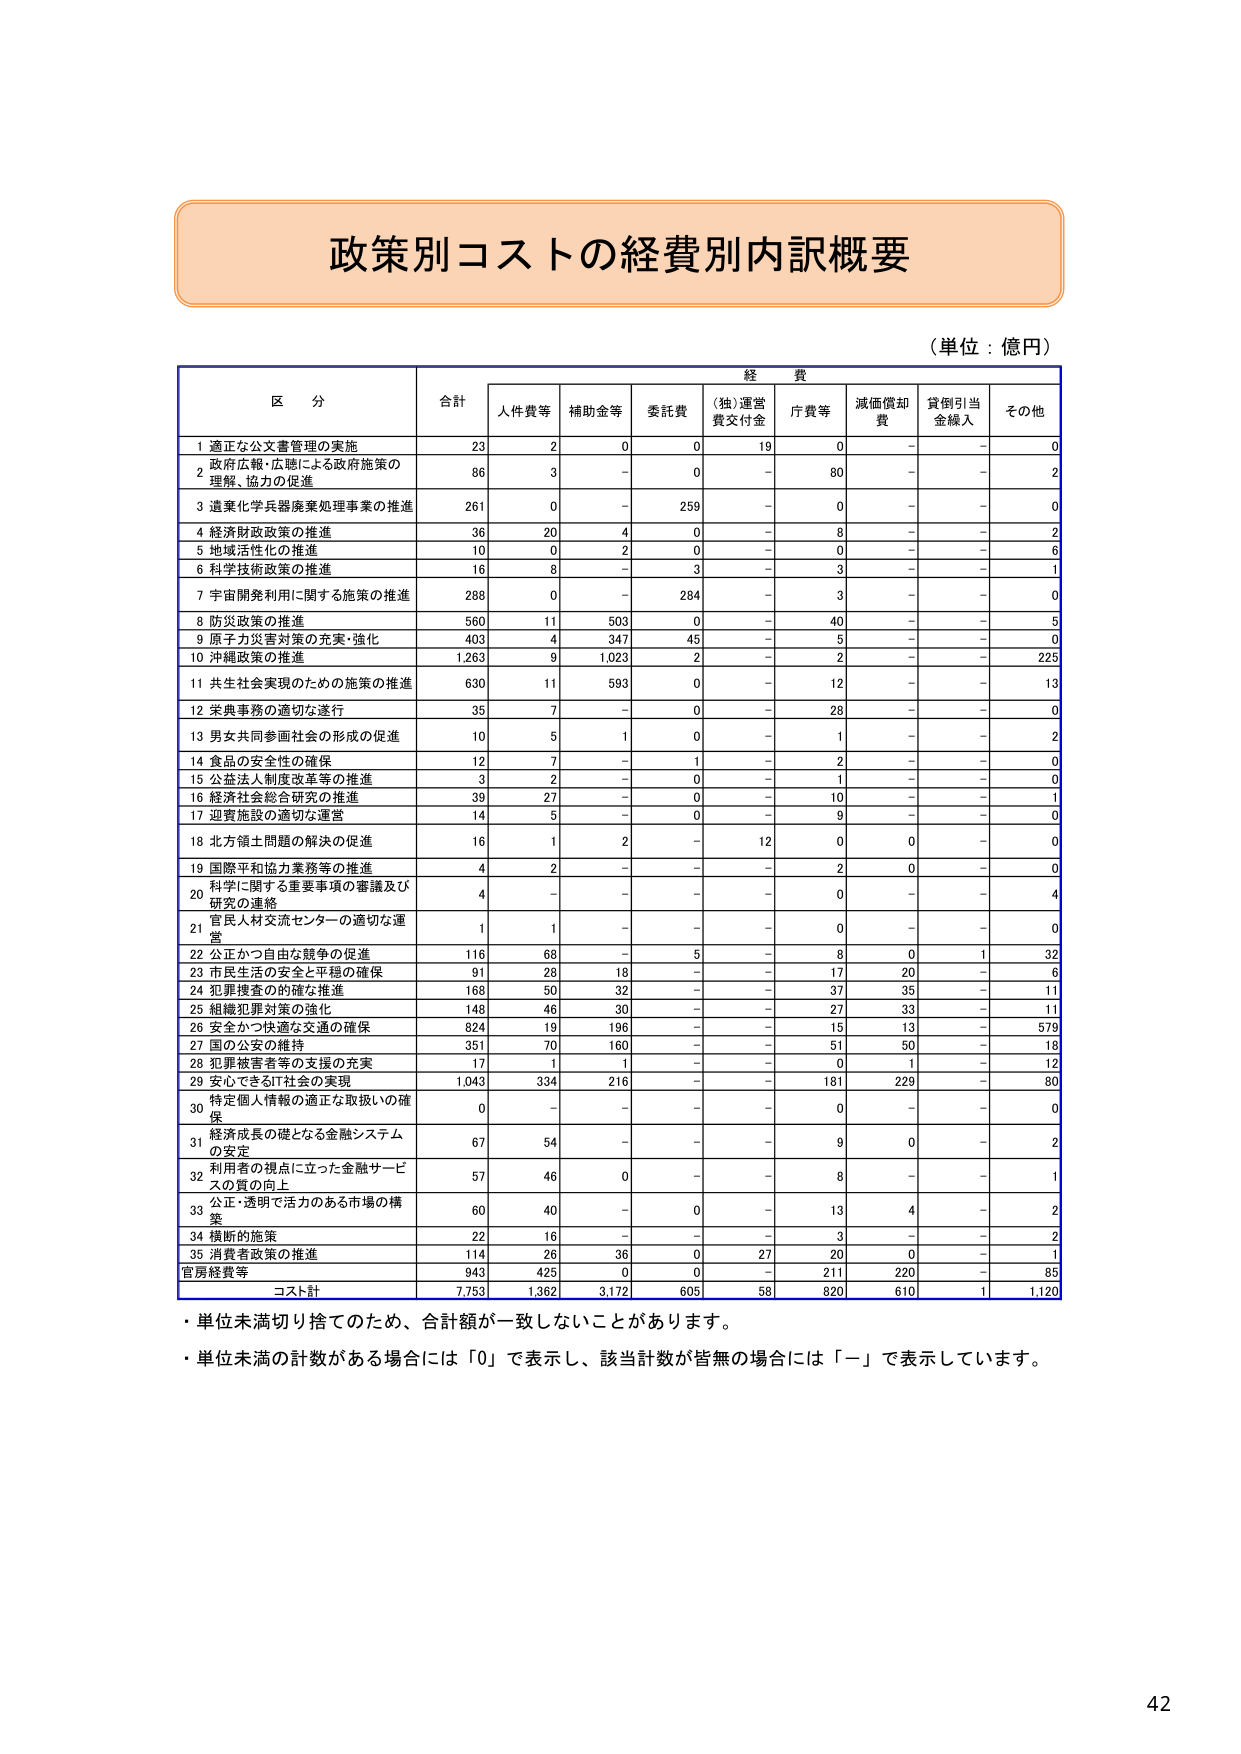
政策別コストの経費別内訳概要

（単位：億円）

区 分 合計 経 費
人件費等 補助金等 委託費 （独）運営費交付金 庁費等 減価償却費 貸倒引当金繰入 その他

1 適正な公文書管理の実施 23 2 0 0 19 0 - - 0
2 政府広報・広聴による政府施策の理解、協力の促進 86 3 - 0 - 80 - - 2
3 遺棄化兵兵器廃棄処理事業の推進 261 0 - 259 - 0 - - 0
4 経済財政政策の推進 36 20 4 0 - 8 - - 2
5 地域活性化の推進 10 0 2 0 - 0 - - 6
6 科学技術政策の推進 16 8 - 3 - 3 - - 1
7 宇宙開発利用に関する施策の推進 288 0 - 284 - 3 - - 0
8 防災政策の推進 560 11 503 0 - 40 - - 5
9 原子力災害対策の充実・強化 403 4 347 45 - 5 - - 0
10 沖縄政策の推進 1,263 9 1,023 2 - 2 - - 225
11 共生社会実現のための施策の推進 630 11 593 0 - 12 - - 13
12 栄典事務の適切な遂行 35 7 - 0 - 28 - - 0
13 男女共同参画社会の形成の促進 10 5 1 0 - 1 - - 2
14 食品の安全性の確保 12 7 - 1 - 2 - - 0
15 公益法人制度改革等の推進 3 2 - 0 - 1 - - 0
16 経済社会総合研究の推進 39 27 - 0 - 10 - - 1
17 迎賓施設の適切な運営 14 5 - 0 - 9 - - 0
18 北方領土問題の解決の促進 16 1 2 - 12 0 0 - 0
19 国際平和協力業務等の推進 4 2 - - - 2 0 - 0
20 科学に関する重要事項の審議及び研究の連絡 4 - - - - 0 - - 4
21 官民人材交流センターの適切な運営 1 1 - - - 0 - - 0
22 公正かつ自由な競争の促進 116 68 - 5 - 8 0 1 32
23 市民生活の安全と平穏の確保 91 28 18 - - 17 20 - 6
24 犯罪捜査の的確な推進 168 50 32 - - 37 35 - 11
25 組織犯罪対策の強化 148 46 30 - - 27 33 - 11
26 安全かつ快適な交通の確保 824 19 196 - - 15 13 - 579
27 国の公安の維持 351 70 160 - - 51 50 - 18
28 犯罪被害者等の支援の充実 17 1 1 - - 0 1 - 12
29 安心できるIT社会の実現 1,043 334 216 - - 181 229 - 80
30 特定個人情報の適正な取扱いの確保 0 - - - - 0 - - 0
31 経済成長の礎となる金融システムの安定 67 54 - - - 9 0 - 2
32 利用者の視点に立った金融サービスの質の向上 57 46 0 - - 8 - - 1
33 公正・透明で活力のある市場の構築 60 40 - 0 - 13 4 - 2
34 横断的施策 22 16 - - - 3 - - 2
35 消費者政策の推進 114 26 36 0 27 20 0 - 1
官房経費等 943 425 0 0 - 211 220 - 85
コスト計 7,753 1,362 3,172 605 58 820 610 1 1,120

・単位未満切り捨てのため、合計額が一致しないことがあります。
・単位未満の計数がある場合には「0」で表示し、該当計数が皆無の場合には「－」で表示しています。

42